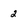
Character: 2